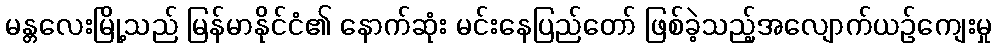
မန္တလေးမြို့သည် မြန်မာနိုင်ငံ၏ နောက်ဆုံး မင်းနေပြည်တော် ဖြစ်ခဲ့သည့်အလျောက်ယဉ်ကျေးမှု